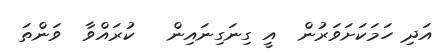
އަދި ހަމަކަށަވަރުން  އީ ގިނަގިނައިން   ކުރައްވާ  ވަންތަ